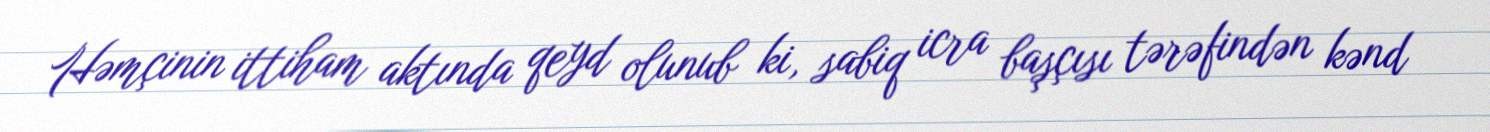
Həmçinin ittiham aktında qeyd olunub ki, sabiq icra başçısı tərəfindən kənd